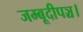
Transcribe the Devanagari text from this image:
जम्बूदीपञ्च।